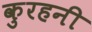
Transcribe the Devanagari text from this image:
कुरहनी